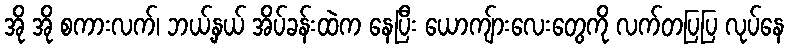
အို အို စကားလက်၊ ဘယ့်နှယ် အိပ်ခန်းထဲက နေပြီး ယောကျ်ားလေးတွေကို လက်တပြပြ လုပ်နေ